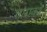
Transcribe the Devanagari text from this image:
ताराको